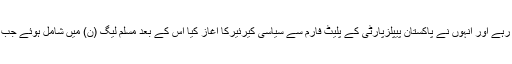
طارق عزیزفنی زندگی کی طرح سیاسی میدان میں بھی کافی سرگرم رہے اور انہوں نے پاکستان پیپلزپارٹی کے پلیٹ فارم سے سیاسی کیرئیرکا آغاز کیا اس کے بعد مسلم لیگ (ن) میں شامل ہوئے جب کہ 1996 میں لاہور سے قومی اسمبلی کے رکن بھی منتخب ہوئے۔